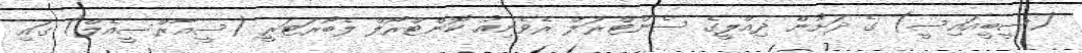
(ސީބީއައިސީ) ގެ ދަށުން ދިއްލީގެ ސެންޓްރަލް ރެވެނިއު ކޮންޓްރޯލް ލެބޯރަޓަރީ (ސީއާރްސީއެލް) ގައި